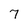
Character: 7